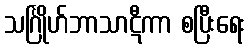
သင်္ဂြိုဟ်ဘာသာဋီကာ စပြီးရေး